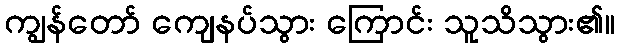
ကျွန်တော် ကျေနပ်သွား ကြောင်း သူသိသွား၏။